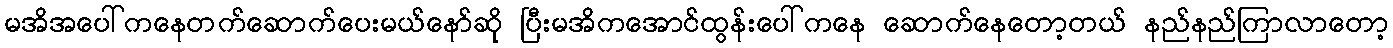
မအိအပေါ်ကနေတက်ဆောက်ပေးမယ်နော်ဆို ပြီးမအိကအောင်ထွန်းပေါ်ကနေ ဆောက်နေတော့တယ် နည်နည်ကြာလာတော့